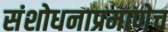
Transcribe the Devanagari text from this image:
संशोधनाप्रमाणेच